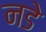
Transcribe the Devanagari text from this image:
नडे